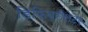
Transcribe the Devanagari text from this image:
डिफिब्रीलेटर